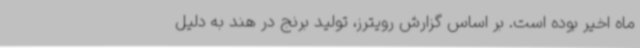
ماه اخیر بوده است. بر اساس گزارش رویترز، تولید برنج در هند به دلیل